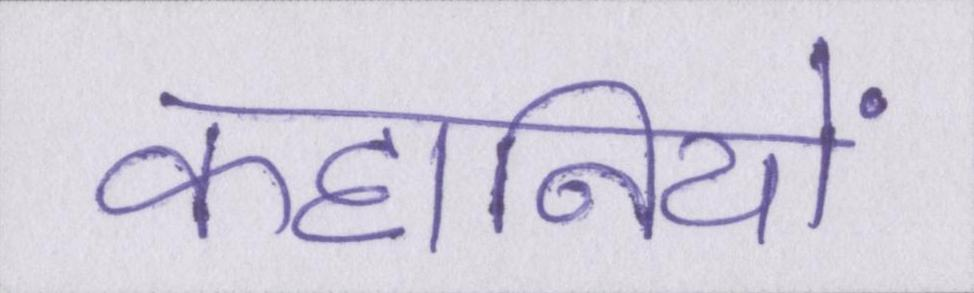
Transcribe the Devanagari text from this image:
कहानियों